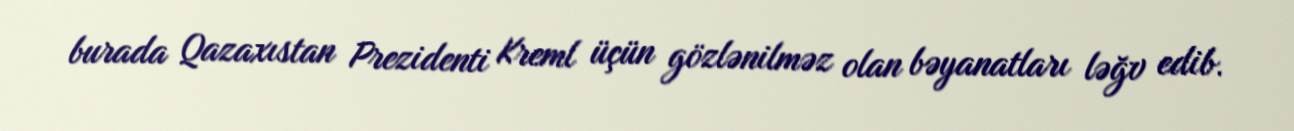
burada Qazaxıstan Prezidenti Kreml üçün gözlənilməz olan bəyanatları ləğv edib.